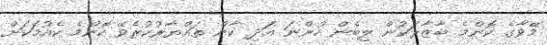
މޭވާގެ ކޮންމެ ބާޒާރަކުން ލިބެން ހުންނަ އަދި ކާން ތައްޔާރުކުރެވޭ ކޮންމެ ކެއުމަކަށް